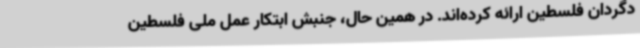
دگردان فلسطین ارائه کرده‌اند. در همین حال، جنبش ابتکار عمل ملی فلسطین